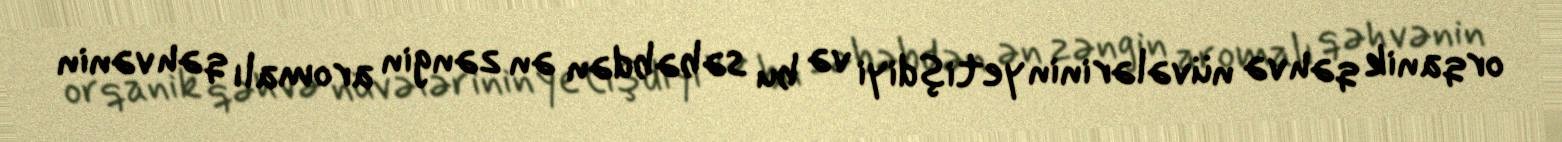
orqanik qəhvə nüvələrinin yetişdiyi və bu səbəbdən ən zəngin aromalı qəhvənin